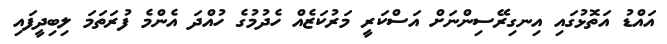
އައްޑު އަތޮޅުގައި އިނގިރޭސިންނަށް އަސްކަރީ މަރުކަޒެއް ހެދުމުގެ ހުއްދަ އެންމެ ފުރަތަމަ ލިބިދީފައި